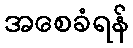
အစေခံရန်